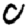
Digit: 0